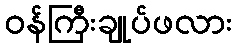
ဝန်ကြီးချုပ်ဖလား